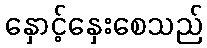
နှောင့်နှေးစေသည်